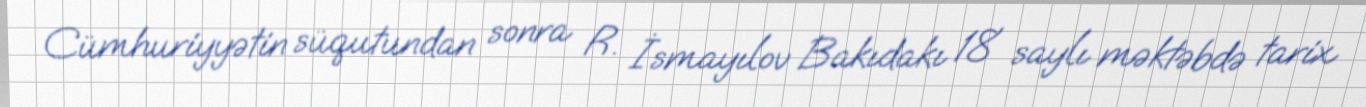
Cümhuriyyətin süqutundan sonra R. İsmayılov Bakıdakı 18 saylı məktəbdə tarix